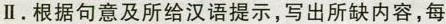
Ⅱ.根据句意及所给汉语提示,写出所缺内容,每